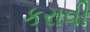
કરાવી